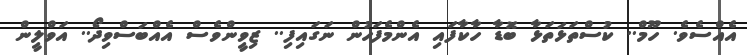
އެއްސެވެ. ހޫމް.. ކުސްތަޅަތަޅާ ބޮޑާ ހާކާފައި އެންމެފަހުން ނަގައިފި.. ޒިވީންވެސް އެއްބަސްވިދޯ.. އަވްލީން